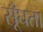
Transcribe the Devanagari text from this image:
सूँघता